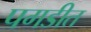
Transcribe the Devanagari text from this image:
पगडीत